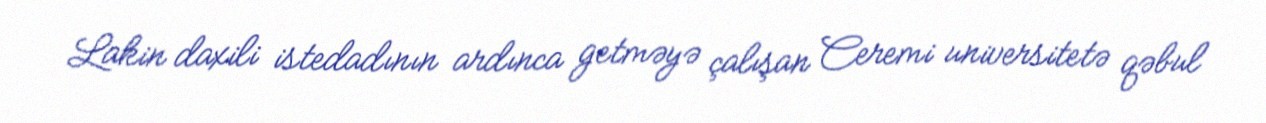
Lakin daxili istedadının ardınca getməyə çalışan Ceremi universitetə qəbul